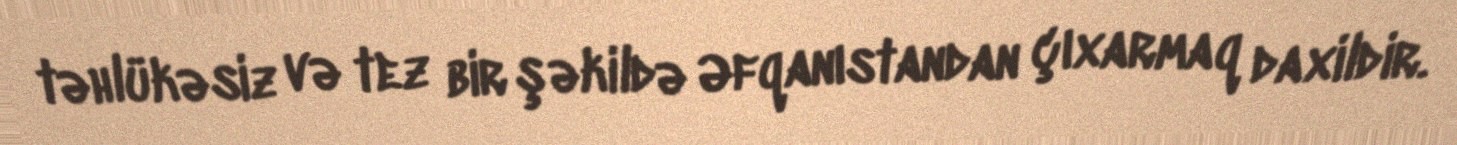
təhlükəsiz və tez bir şəkildə Əfqanıstandan çıxarmaq daxildir.